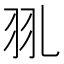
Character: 𦏳